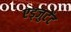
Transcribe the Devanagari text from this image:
एड्जुटेंट